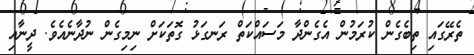
ތެރޭގައި ތިބެގެން ކުރަމުން އެގެންދާ މަސައްކަތް ރަނގަޅު ގޮތަކަށް ނިމިގެން ނުދާނެއެވެ. ދީނާއި